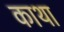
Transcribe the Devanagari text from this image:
काथा